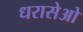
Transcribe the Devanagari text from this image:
धरासेओ